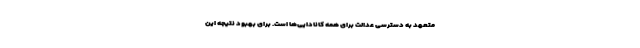
متعهد به دسترسی عدالت برای همه کانادایی‌ها است. برای بهبود نتیجه این